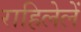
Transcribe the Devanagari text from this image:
राहिलेलें